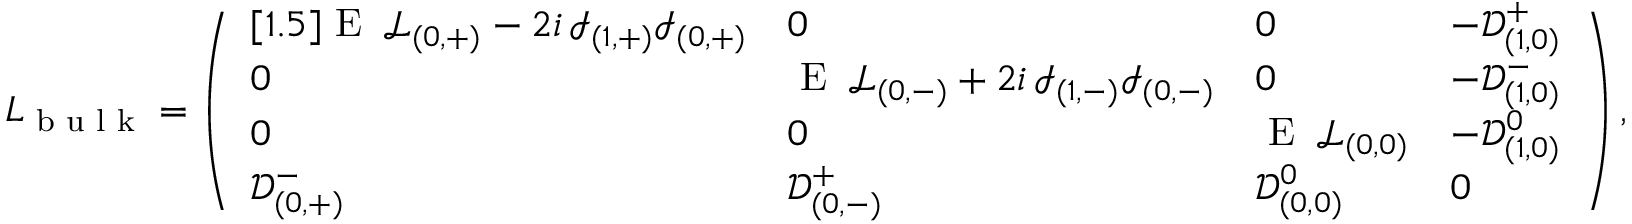
L _ { \textrm { b u l k } } = \left( \begin{array} { l l l l } { [ 1 . 5 ] \textrm { E } \, \mathcal { L } _ { ( 0 , + ) } - 2 i \, \mathcal { I } _ { ( 1 , + ) } \mathcal { I } _ { ( 0 , + ) } } & { 0 } & { 0 } & { - \mathcal { D } _ { ( 1 , 0 ) } ^ { + } } \\ { 0 } & { \textrm { E } \, \mathcal { L } _ { ( 0 , - ) } + 2 i \, \mathcal { I } _ { ( 1 , - ) } \mathcal { I } _ { ( 0 , - ) } } & { 0 } & { - \mathcal { D } _ { ( 1 , 0 ) } ^ { - } } \\ { 0 } & { 0 } & { \textrm { E } \, \mathcal { L } _ { ( 0 , 0 ) } } & { - \mathcal { D } _ { ( 1 , 0 ) } ^ { 0 } } \\ { \mathcal { D } _ { ( 0 , + ) } ^ { - } } & { \mathcal { D } _ { ( 0 , - ) } ^ { + } } & { \mathcal { D } _ { ( 0 , 0 ) } ^ { 0 } } & { 0 } \end{array} \right) ,